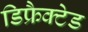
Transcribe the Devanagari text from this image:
डिफ्रैक्टेड